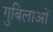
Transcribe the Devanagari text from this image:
गुबिलाओं